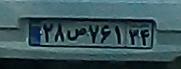
۲۸ص۷۶۱۳۴